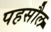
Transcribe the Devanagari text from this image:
पहसौल